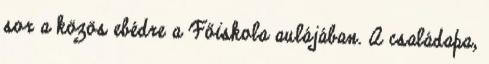
sor a közös ebédre a Főiskola aulájában. A családapa,